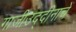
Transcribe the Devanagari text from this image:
गाजीउद्दीनाचें